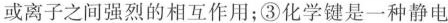
或离子之间强烈的相互作用；③化学键是一种静电